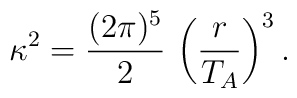
\kappa^2 = \frac{ (2\pi)^5 }{ 2 } \, \left( \frac{r }{ T_A} \right)^3.